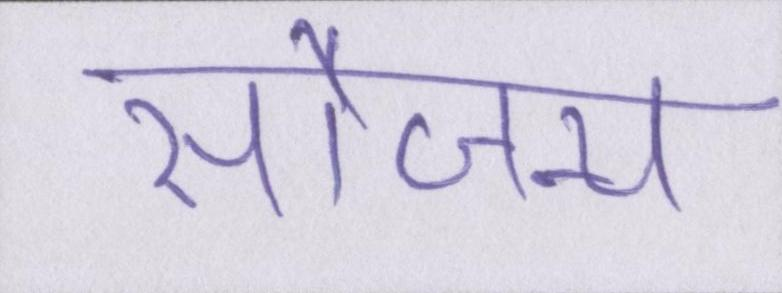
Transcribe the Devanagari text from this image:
सौजन्य